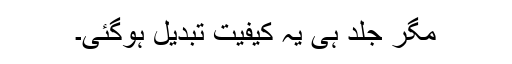
مگر جلد ہی یہ کیفیت تبدیل ہوگئی۔